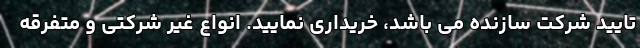
تایید شرکت سازنده می باشد، خریداری نمایید. انواع غیر شرکتی و متفرقه